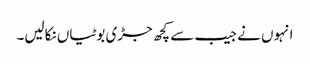
انہوں نے جیب سے کچھ جڑی بوٹیاں نکالیں۔